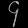
Digit: ၄